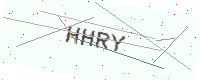
Text: HHRY